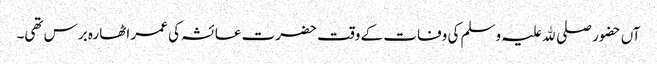
آں حضور صلی ﷲ علیہ وسلم کی وفات کے وقت حضرت عائشہ کی عمر اٹھارہ برس تھی۔